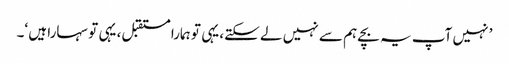
’ نہیں آپ یہ بچے ہم سے نہیں لے سکتے، یہی تو ہمارا مستقبل، یہی تو سہارا ہیں ‘۔